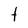
Character: t